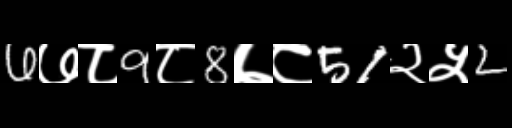
Text: 6७८9८8७८51२५2